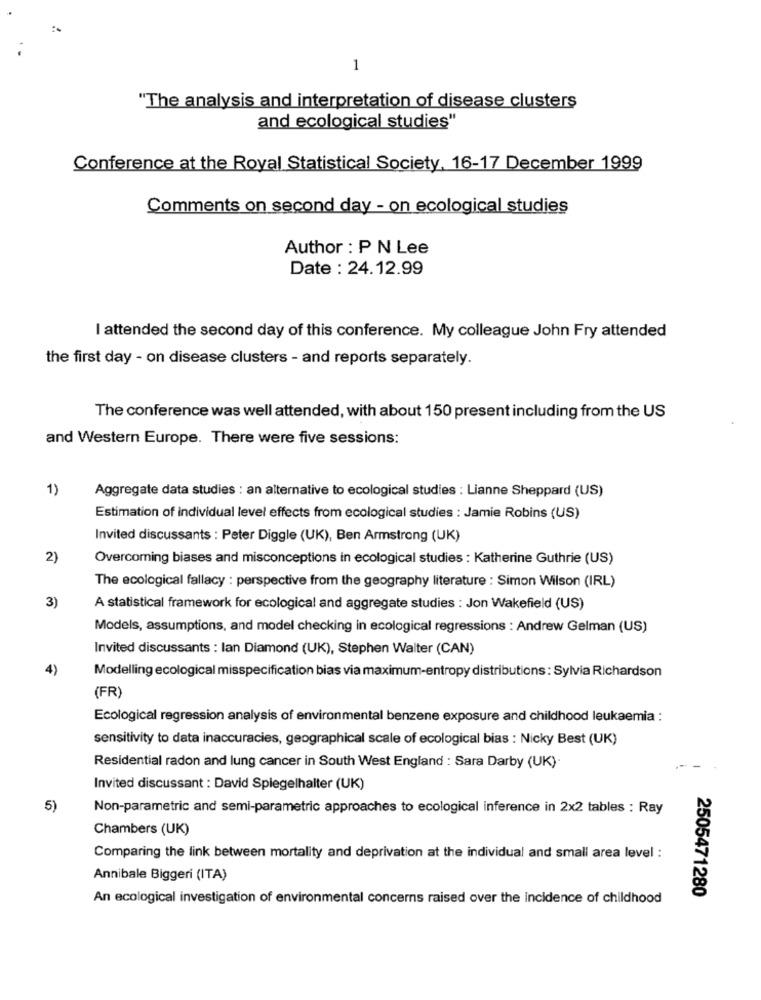
1
"The analysis and interpretation of disease clusters
and ecological studies"
Conference at the Royal Statistical Society, 16-17 December 1999
Comments on second day - on ecological studies
Author : P N Lee
Date : 24.12.99
I attended the second day of this conference. My colleague John Fry attended
the first day - on disease clusters - and reports separately.
The conference was well attended, with about 150 present including from the US
and Western Europe. There were five sessions:
1)
Aggregate data studies : an alternative to ecological studies : Lianne Sheppard (US)
Estimation of individual level effects from ecological studies : Jamie Robins (US)
Invited discussants : Peter Diggle (UK), Ben Armstrong (UK)
2)
Overcoming biases and misconceptions in ecological studies : Katherine Guthrie (US)
The ecological fallacy : perspective from the geography literature : Simon Wilson (IRL)
3)
A statistical framework for ecological and aggregate studies : Jon Wakefield (US)
Models, assumptions, and model checking in ecological regressions : Andrew Gelman (US)
Invited discussants : lan Diamond (UK), Stephen Walter (CAN)
4)
Modelling ecological misspecification bias via maximum-entropy distributions : Sylvia Richardson
(FR)
Ecological regression analysis of environmental benzene exposure and childhood leukaemia :
sensitivity to data inaccuracies, geographical scale of ecological bias : Nicky Best (UK)
Residential radon and lung cancer in South West England : Sara Darby (UK)
Invited discussant : David Spiegelhalter (UK)
5)
Non-parametric and semi-parametric approaches to ecological inference in 2x2 tables : Ray
Chambers (UK)
Comparing the link between mortality and deprivation at the individual and small area level :
Annibale Biggeri (ITA)
2505471280
An ecological investigation of environmental concerns raised over the incidence of childhood